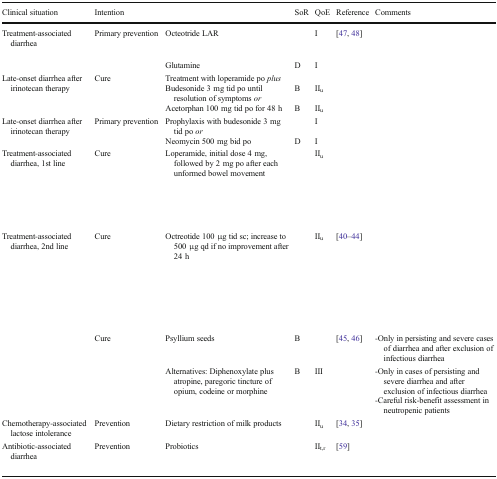
<table><thead><tr><td><b>Clinical situation</b></td><td><b>Intention</b></td><td>[EMPTY_CELL]</td><td><b>SoR</b></td><td><b>QoE</b></td><td><b>Reference</b></td><td><b>Comments</b></td></tr></thead><tbody><tr><td rowspan="2">Treatment-associated diarrhea</td><td rowspan="2">Primary prevention</td><td>Octeotride LAR</td><td>[EMPTY_CELL]</td><td>I</td><td>[47, 48]</td><td>[EMPTY_CELL]</td></tr><tr><td>Glutamine</td><td>D</td><td>I</td><td>[EMPTY_CELL]</td><td>[EMPTY_CELL]</td></tr><tr><td rowspan="3">Late-onset diarrhea after irinotecan therapy</td><td rowspan="3">Cure</td><td>Treatment with loperamide po <i>plus</i></td><td>[EMPTY_CELL]</td><td>[EMPTY_CELL]</td><td>[EMPTY_CELL]</td><td rowspan="3">[EMPTY_CELL]</td></tr><tr><td>Budesonide 3 mg tid po until resolution of symptoms <i>or</i></td><td>B</td><td>II<sub>u</sub></td><td>[EMPTY_CELL]</td></tr><tr><td>Acetorphan 100 mg tid po for 48 h</td><td>B</td><td>II<sub>u</sub></td><td>[EMPTY_CELL]</td></tr><tr><td rowspan="2">Late-onset diarrhea after irinotecan therapy</td><td rowspan="2">Primary prevention</td><td>Prophylaxis with budesonide 3 mg tid po <i>or</i></td><td>[EMPTY_CELL]</td><td>I</td><td>[EMPTY_CELL]</td><td>[EMPTY_CELL]</td></tr><tr><td>Neomycin 500 mg bid po</td><td>D</td><td>I</td><td>[EMPTY_CELL]</td><td>[EMPTY_CELL]</td></tr><tr><td>Treatment-associated diarrhea, 1st line</td><td>Cure</td><td>Loperamide, initial dose 4 mg, followed by 2 mg po after each unformed bowel movement</td><td>[EMPTY_CELL]</td><td>II<sub>u</sub></td><td>[EMPTY_CELL]</td><td>[EMPTY_CELL]</td></tr><tr><td rowspan="3">Treatment-associated diarrhea, 2nd line</td><td>Cure</td><td>Octreotide 100 μg tid sc; increase to 500 μg qd if no improvement after 24 h</td><td>[EMPTY_CELL]</td><td>II<sub>u</sub></td><td>[40–44]</td><td>[EMPTY_CELL]</td></tr><tr><td rowspan="2">Cure</td><td>Psyllium seeds</td><td>B</td><td>[EMPTY_CELL]</td><td>[45, 46]</td><td>-Only in persisting and severe cases of diarrhea and after exclusion of infectious diarrhea</td></tr><tr><td>Alternatives: Diphenoxylate plus atropine, paregoric tincture of opium, codeine or morphine</td><td>B</td><td>III</td><td>[EMPTY_CELL]</td><td>-Only in cases of persisting and severe diarrhea and after exclusion of infectious diarrhea-Careful risk-benefit assessment in neutropenic patients</td></tr><tr><td>Chemotherapy-associated lactose intolerance</td><td>Prevention</td><td>Dietary restriction of milk products</td><td>[EMPTY_CELL]</td><td>II<sub>u</sub></td><td>[34, 35]</td><td>[EMPTY_CELL]</td></tr><tr><td>Antibiotic-associated diarrhea</td><td>Prevention</td><td>Probiotics</td><td>[EMPTY_CELL]</td><td>II<sub>t,r</sub></td><td>[59]</td><td>[EMPTY_CELL]</td></tr></tbody></table>